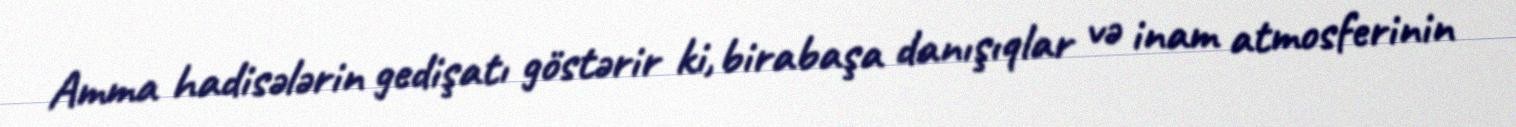
Amma hadisələrin gedişatı göstərir ki, birabaşa danışıqlar və inam atmosferinin